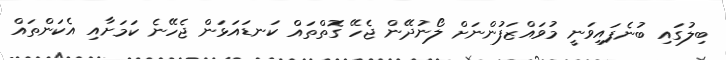
ބިލުގައި ބުނެފައިވަނީ މުވައްޒަފުންނަށް ލޯނުދޭން ޖެހޭ ގޮތްތައް ކަނޑައަޅަން ޖެހޭނެ ކަމަށާއި އެކަންތައް